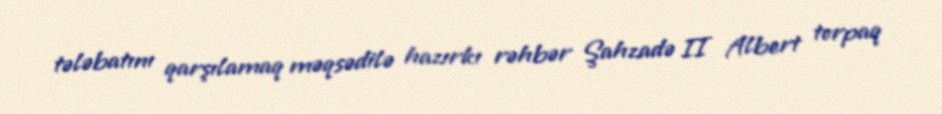
tələbatını qarşılamaq məqsədilə hazırkı rəhbər Şahzadə II Albert torpaq